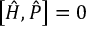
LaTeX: \left[ { \hat { H } } , { \hat { P } } \right] = 0